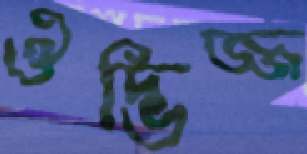
ঔদ্ভিজ্জ